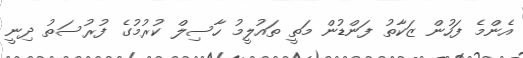
އެންމެ ފަހުން ޒަކާތު ފަންޑުން މަތީ ތައުލީމު ހާސިލް ކުރުމުގެ ފުރުސަތު ދިނީ